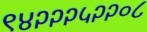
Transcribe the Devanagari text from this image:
९४२२२५२२०८